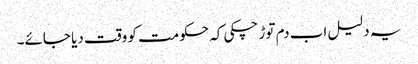
یہ دلیل اب دم توڑ چکی کہ حکومت کو وقت دیا جائے۔